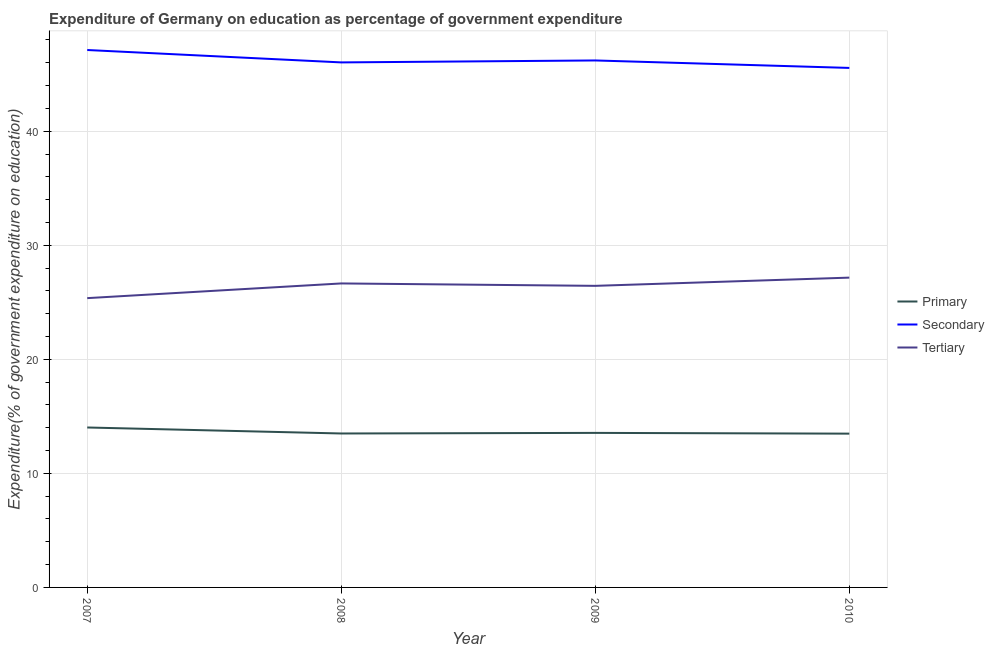
| Year | Primary | Secondary | Tertiary |
 | --- | --- | --- | --- |
 | 2007 | 14 | 47.1 | 25.4 |
 | 2008 | 13.5 | 46 | 26.7 |
 | 2009 | 13.5 | 46.2 | 26.4 |
 | 2010 | 13.5 | 45.5 | 27.2 |